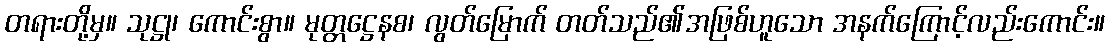
တရားတို့မှ။ သုဋ္ဌု၊ ကောင်းစွာ။ မုတ္တဋ္ဌေနစ၊ လွတ်မြောက် တတ်သည်၏အဖြစ်ဟူသော အနက်ကြောင့်လည်းကောင်း။